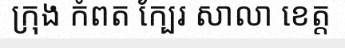
ក្រុង កំពត ក្បែរ សាលា ខេត្ត